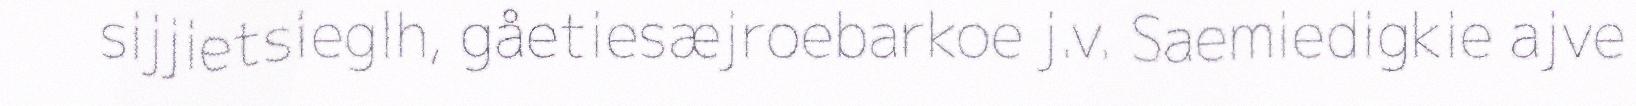
sijjietsieglh, gåetiesæjroebarkoe j.v. Saemiedigkie ajve